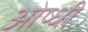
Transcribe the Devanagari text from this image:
ओष्धी